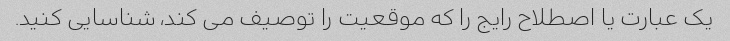
یک عبارت یا اصطلاح رایج را که موقعیت را توصیف می کند، شناسایی کنید.